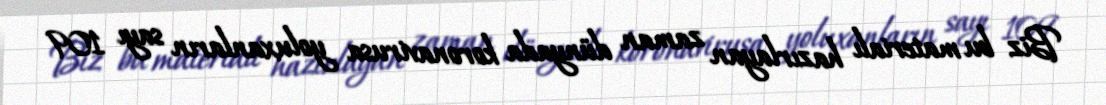
Biz bu materialı hazırlayan zaman dünyada koronavirusa yoluxanların sayı 109